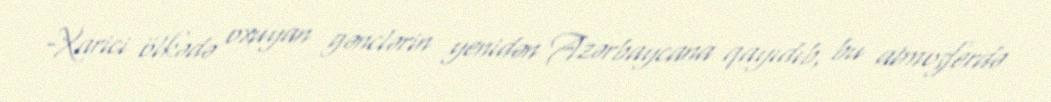
-Xarici ölkədə oxuyan gənclərin yenidən Azərbaycana qayıdıb, bu atmosferdə